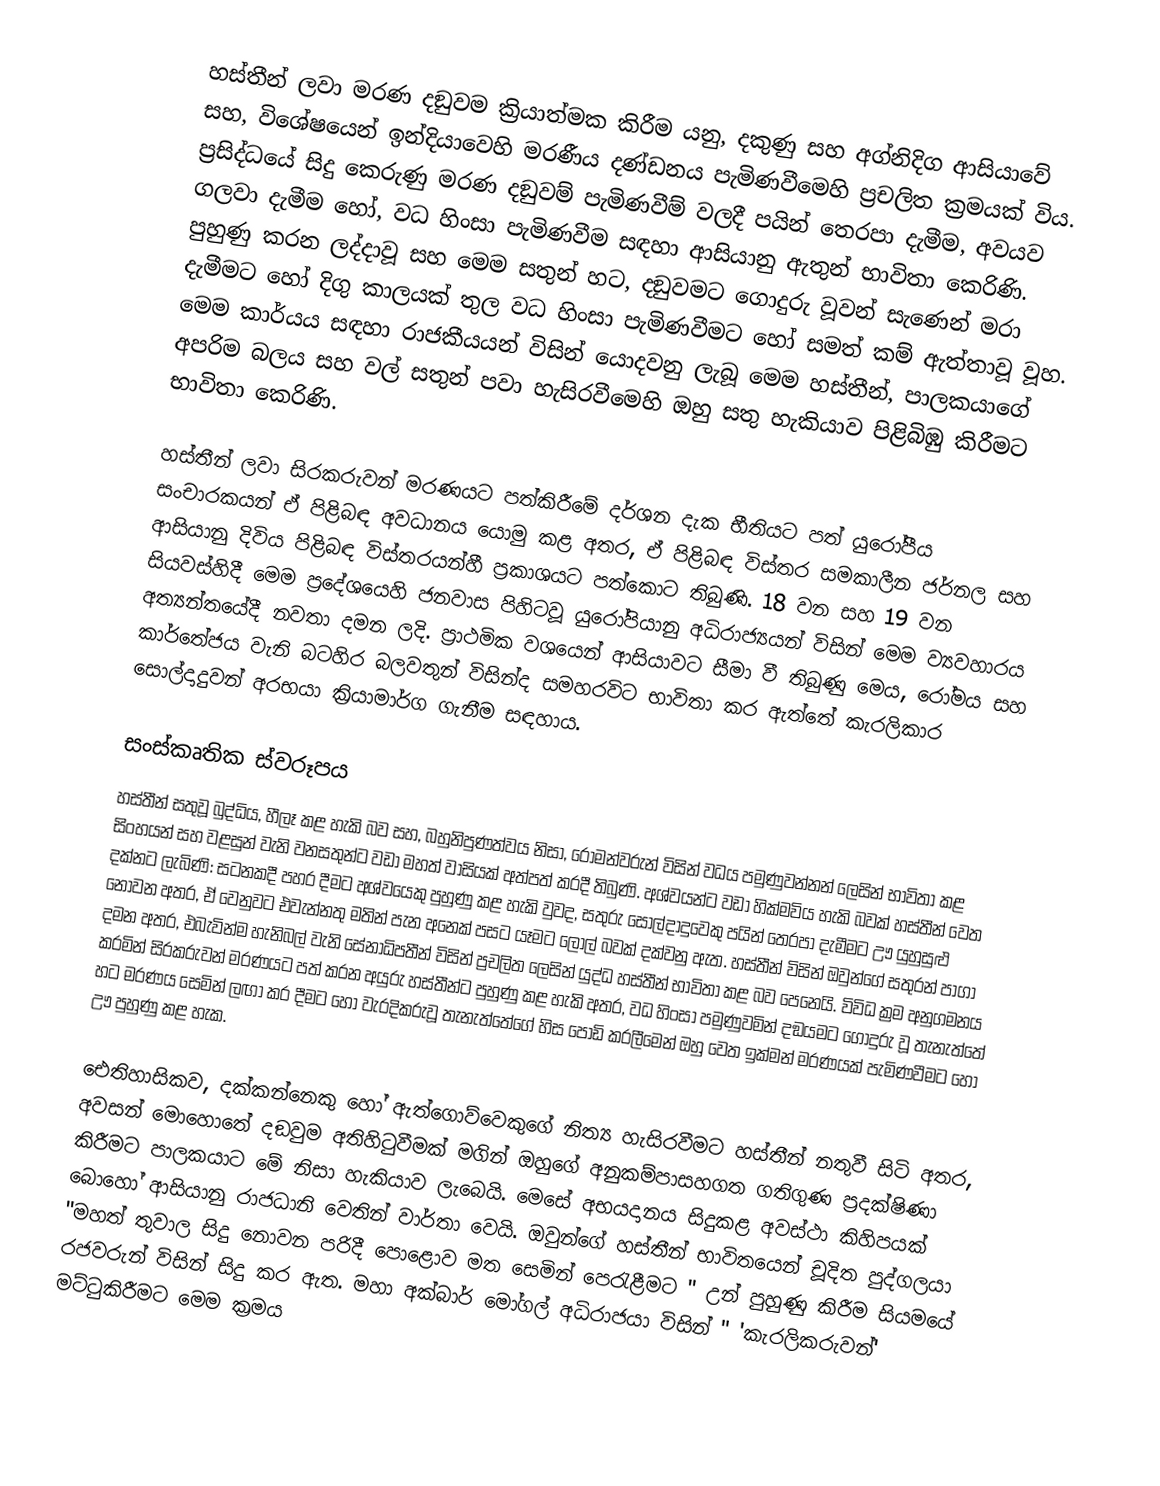
හස්තීන් ලවා මරණ දඞුවම ක්‍රියාත්මක කිරීම යනු,   දකුණු සහ  අග්නිදිග ආසියාවේ සහ, විශේෂයෙන්  ඉන්දියාවෙහි මරණීය දණ්ඩනය  පැමිණවීමෙහි ප්‍රචලිත ක්‍රමයක් විය. ප්‍රසිද්ධයේ සිදු කෙරුණු මරණ දඞුවම් පැමිණවීම් වලදී  පයින් තෙරපා දැමීම, අවයව ගලවා දැමීම හෝ, වධ හිංසා පැමිණවීම සඳහා   ආසියානු ඇතුන් භාවිතා කෙරිණි.  පුහුණු කරන ලද්දාවූ සහ මෙම සතුන් හට, ද‍ඞුවමට ගොදුරු වූවන් සැණෙන් මරා දැමීමට හෝ දිගු කාලයක් තුල වධ හිංසා පැමිණවීමට හෝ සමත් කම් ඇත්තාවූ වූහ.  මෙම කාර්යය සඳහා රාජකීයයන් විසින් යොදවනු ලැබූ මෙම හස්තීන්, පාලකයාගේ අපරිම බලය සහ වල් සතුන් පවා හැසිරවීමෙහි ඔහු සතු හැකියාව පිළිබිඹු කිරීමට භාවිතා කෙරිණි.

හස්තීන් ලවා සිරකරුවන් මරණයට පත්කිරීමේ දර්ශන දැක භීතියට පත් යුරෝපීය සංචාරකයන් ඒ පිළිබඳ අවධානය යොමු කළ අතර, ඒ පිළිබඳ විස්තර සමකාලීන ජර්නල සහ ආසියානු දිවිය පිළිබඳ විස්තරයන්හී ප්‍රකාශයට පත්කොට තිබුණි. 18 වන සහ 19 වන සියවස්හිදී මෙම ප්‍රදේශයෙහි ජනවාස පිහිටවූ යුරෝපියානු අධිරාජ්‍යයන් විසින් මෙම ව්‍යවහාරය අත්‍යන්තයේදී නවතා දමන ලදි. ප්‍රාථමික වශයෙන් ආසියාවට සීමා වී තිබුණු මෙය, රෝමය සහ  කාර්තේජය වැනි බටහිර බලවතුන් විසින්ද සමහරවිට භාවිතා කර ඇත්තේ කැරලිකාර සොල්දාදුවන් අරභයා ක්‍රියාමාර්ග ගැනීම සඳහාය.

සංස්කෘතික ස්වරූපය
හස්තීන් සතුවූ බුද්ධිය, හීලෑ කළ හැකි බව සහ, බහුනිපුණත්වය නිසා,   රෝමන්වරුන් විසින් වධය පමුණුවන්නන් ලෙසින් භාවිතා කළ සිංහයන් සහ  වළසුන් වැනි වනසතුන්ට වඩා මහත් වාසියක් අත්පත් කරදී තිබුණි. අශ්වයන්ට වඩා හික්මවිය හැකි බවක් හස්තීන් වෙත දක්නට ලැබිණි: සටනකදී පහර දීමට අශ්වයෙකු පුහුණු කළ හැකි වුවද, සතුරු සොල්දාදුවෙකු පයින් තෙරපා දැමීමට ඌ යුහුසුළු නොවන අතර, ඒ වෙනුවට එවැන්නතු මතින් පැන අනෙක් පසට යෑමට ලොල් බවක් දක්වනු ඇත. හස්තීන් විසින් ඔවුන්ගේ සතුරන් පාගා දමන අතර, එබැවින්ම  හැනිබල් වැනි සේනාධිපතීන් විසින් ප්‍රචලිත ලෙසින් යුද්ධ හස්තීන් භාවිතා කළ බව පෙනෙයි. විවිධ ක්‍රම අනුගමනය කරමින් සිරකරුවන් මරණයට පත් කරන අයුරු හස්තීන්ට පුහුණු කළ හැකි අතර,  වධ හිංසා පමුණුවමින් දඞයමට ගොදුරු වූ තැනැත්තේ හට මරණය සෙමින් ලඟා කර දීමට හෝ වැරදිකරුවූ තැනැත්තේගේ හිස පොඩි කරලීමෙන් ඔහු වෙත ඉක්මන් මරණයක් පැමිණවීමට හෝ ඌ පුහුණු කළ හැක.

ඓතිහාසිකව, දක්කන්නෙකු හෝ  ඇත්ගොව්වෙකුගේ නිත්‍ය හැසිරවීමට හස්තීන් නතුවී සිටි අතර, අවසන් මොහොතේ දඞුවම අතිහිටුවීමක් මගින් ඔහුගේ අනුකම්පාසහගත ගතිගුණ ප්‍රදක්ෂිණා කිරීමට පාලකයාට මේ නිසා හැකියාව ලැබෙයි. මෙසේ අභයදානය සිදුකළ අවස්ථා කිහිපයක් බොහෝ ආසියානු රාජධානි වෙතින් වාර්තා වෙයි. ඔවුන්ගේ හස්තීන් භාවිතයෙන් චූදිත පුද්ගලයා   "මහත් තුවාල සිදු නොවන පරිදී පොළොව මත සෙමින් පෙරැළීමට " උන් පුහුණු කිරීම සියමයේ රජවරුන් විසින් සිදු කර ඇත. මහා අක්බාර් මෝගල් අධිරාජයා විසින්  " 'කැරලිකරුවන්' මට්ටුකිරීමට මෙම ක්‍රමය